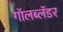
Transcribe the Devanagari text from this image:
गॉलब्लॅडर